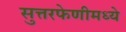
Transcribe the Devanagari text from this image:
सुत्तरफेणीमध्ये